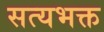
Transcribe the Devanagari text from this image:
सत्यभक्त